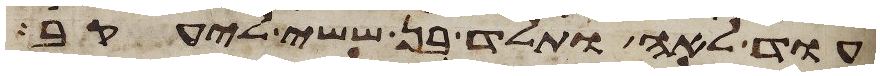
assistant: עוד לאה ותלד בן ששי ליעקב